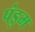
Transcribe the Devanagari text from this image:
पंडुम